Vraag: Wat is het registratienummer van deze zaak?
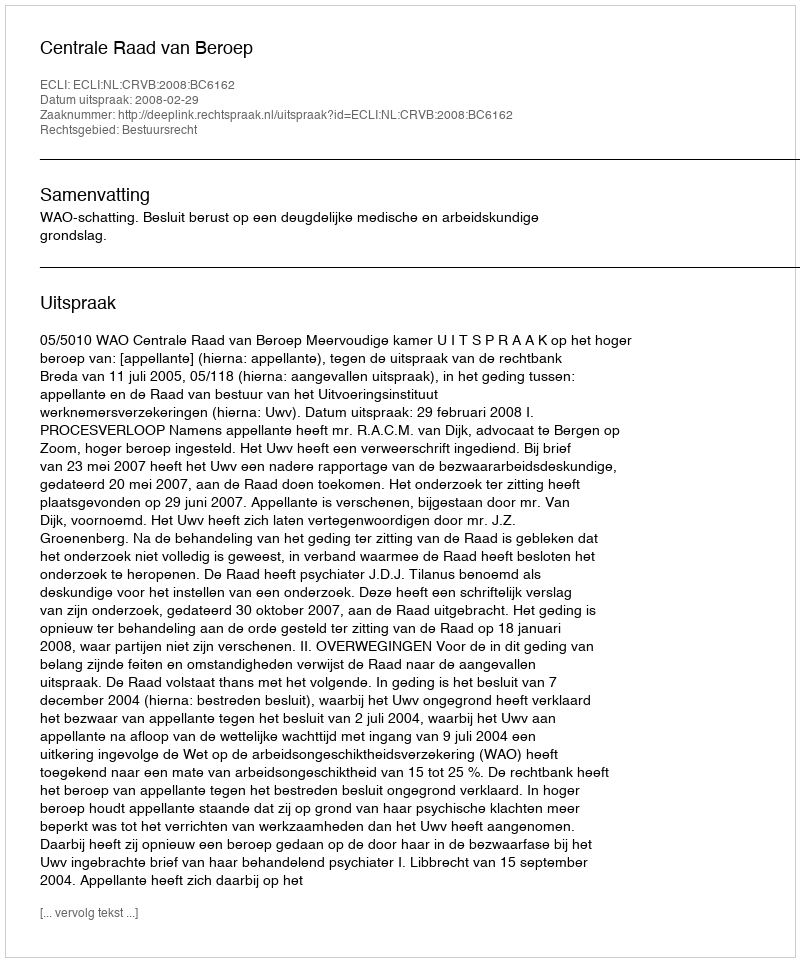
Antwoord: http://deeplink.rechtspraak.nl/uitspraak?id=ECLI:NL:CRVB:2008:BC6162